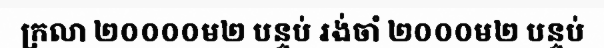
ក្រលា ២០០០០ម២ បន្ទប់ រង់ចាំ ២០០០ម២ បន្ទប់